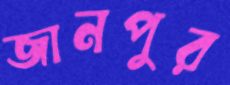
জানপুর